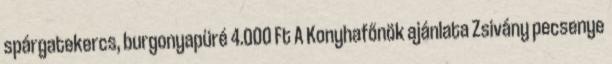
spárgatekercs, burgonyapüré 4.000 Ft A Konyhafőnök ajánlata Zsivány pecsenye